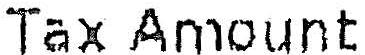
TAX AMOUNT